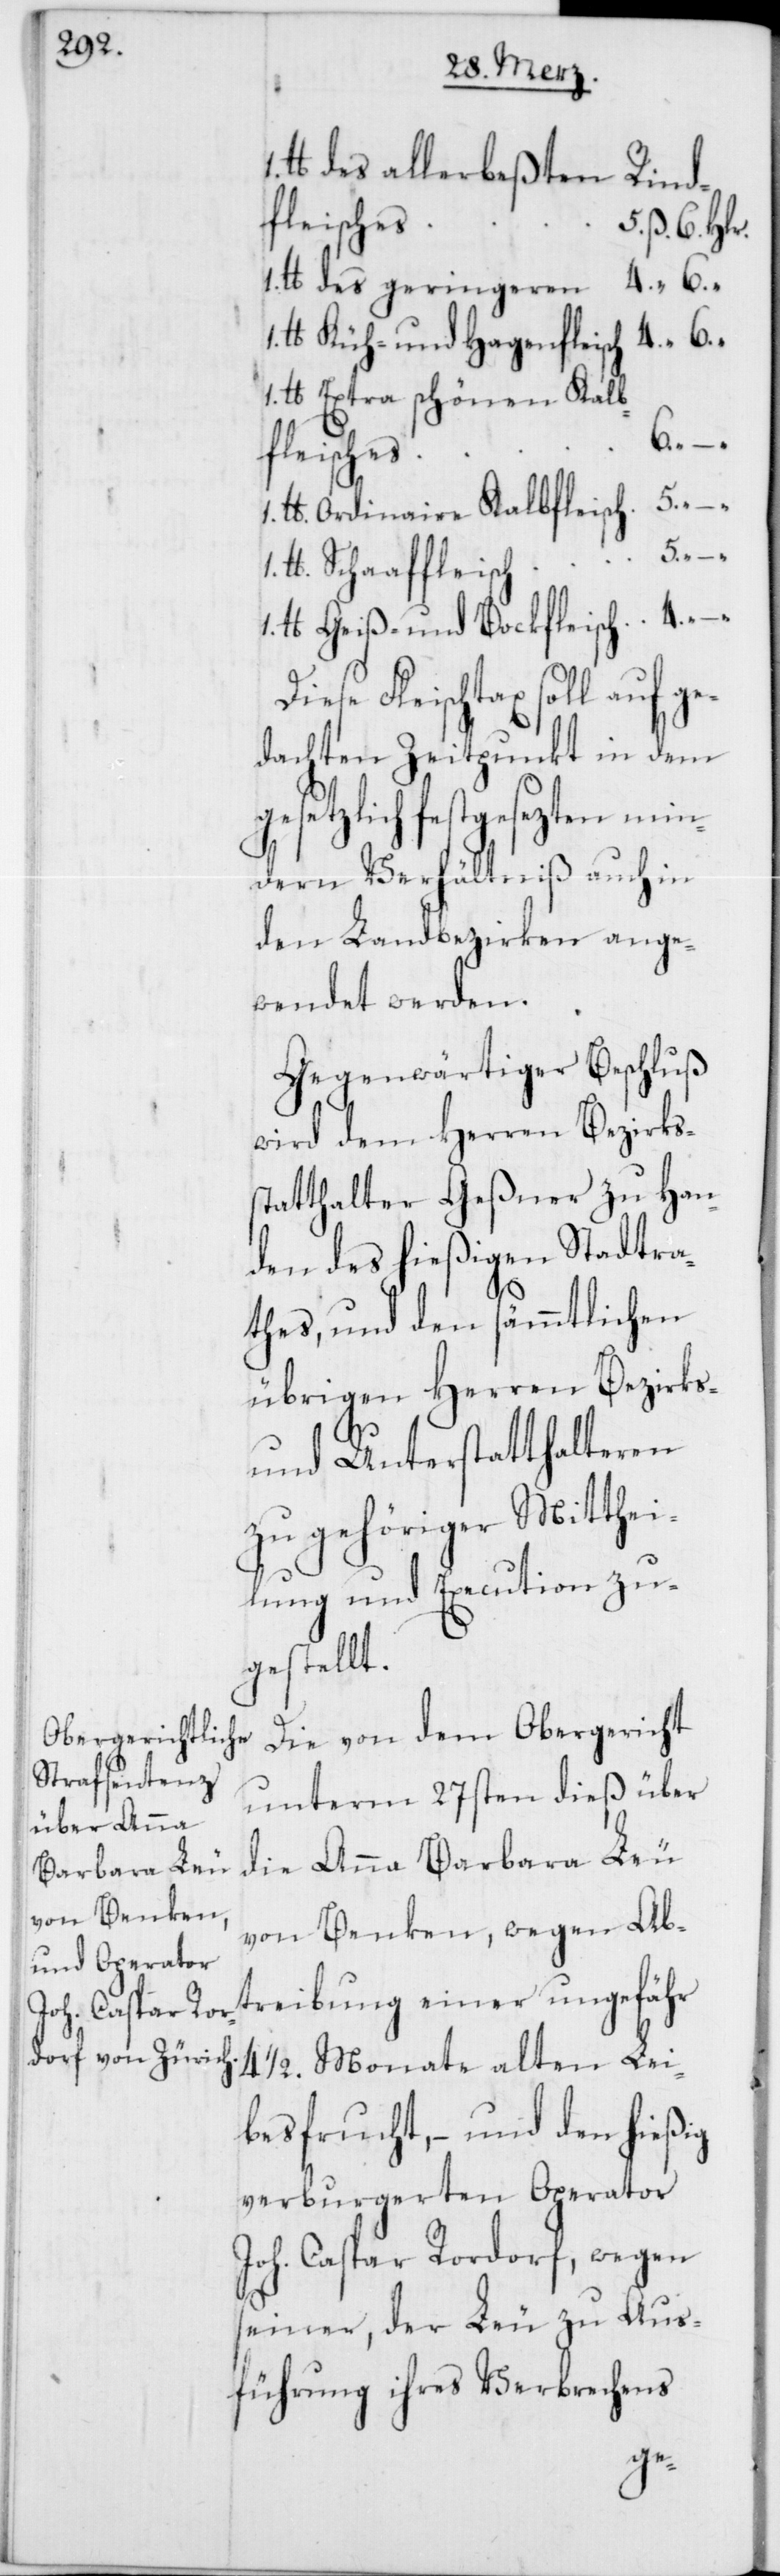
lb des allerbeßten Rind¬
fleisches
5. ß 6. Hlr.
1. lb des geringeren 4. “ 6.
lb Küh- und Hagenfleisch 4. “ 6.
1. lb Extra schönen Kalb¬
fleisches
1. lb Ordinaire Kalbfleisch 5. “
1. lb Schaaffleisch 5. “ – “
1. lb Geiß- und Bockfleisch 4. “
Diese Fleischtax soll auf ge¬
dachten Zeitpunkt in dem
setzlich festgesezten min¬
dern Verhältniß auch in
den Landbezirken ange¬
wendet werden.
Gegenwärtiger Beschluß
wird dem Herren Bezirks¬
tatthalter Geßner zu Han¬
den des hießigen Stadtra¬
1.
thes, und den sämmtlichen
übrigen Herren Bezirks-
s¬
und Unterstatthalteren
zu gehöriger Mitthei¬
lung und Execution zu¬
gestellt.
Die von dem Obergericht
unterm 27sten dieß über
die Anna Barbara Leu
von Benken, wegen Ab¬
treibung einer ungefähr
4 1/2 Monate alten Lei¬
besfrucht, – und den hießig
verburgereten Operator
Joh. Caspar Rordorf, wegen
seiner, der Leu zu Aus¬
führung ihres Verbrechens
ge¬